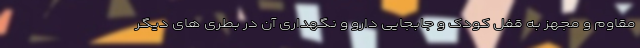
مقاوم و مجهز به قفل کودک و جابجایی دارو و نگهداری آن در بطری های دیگر